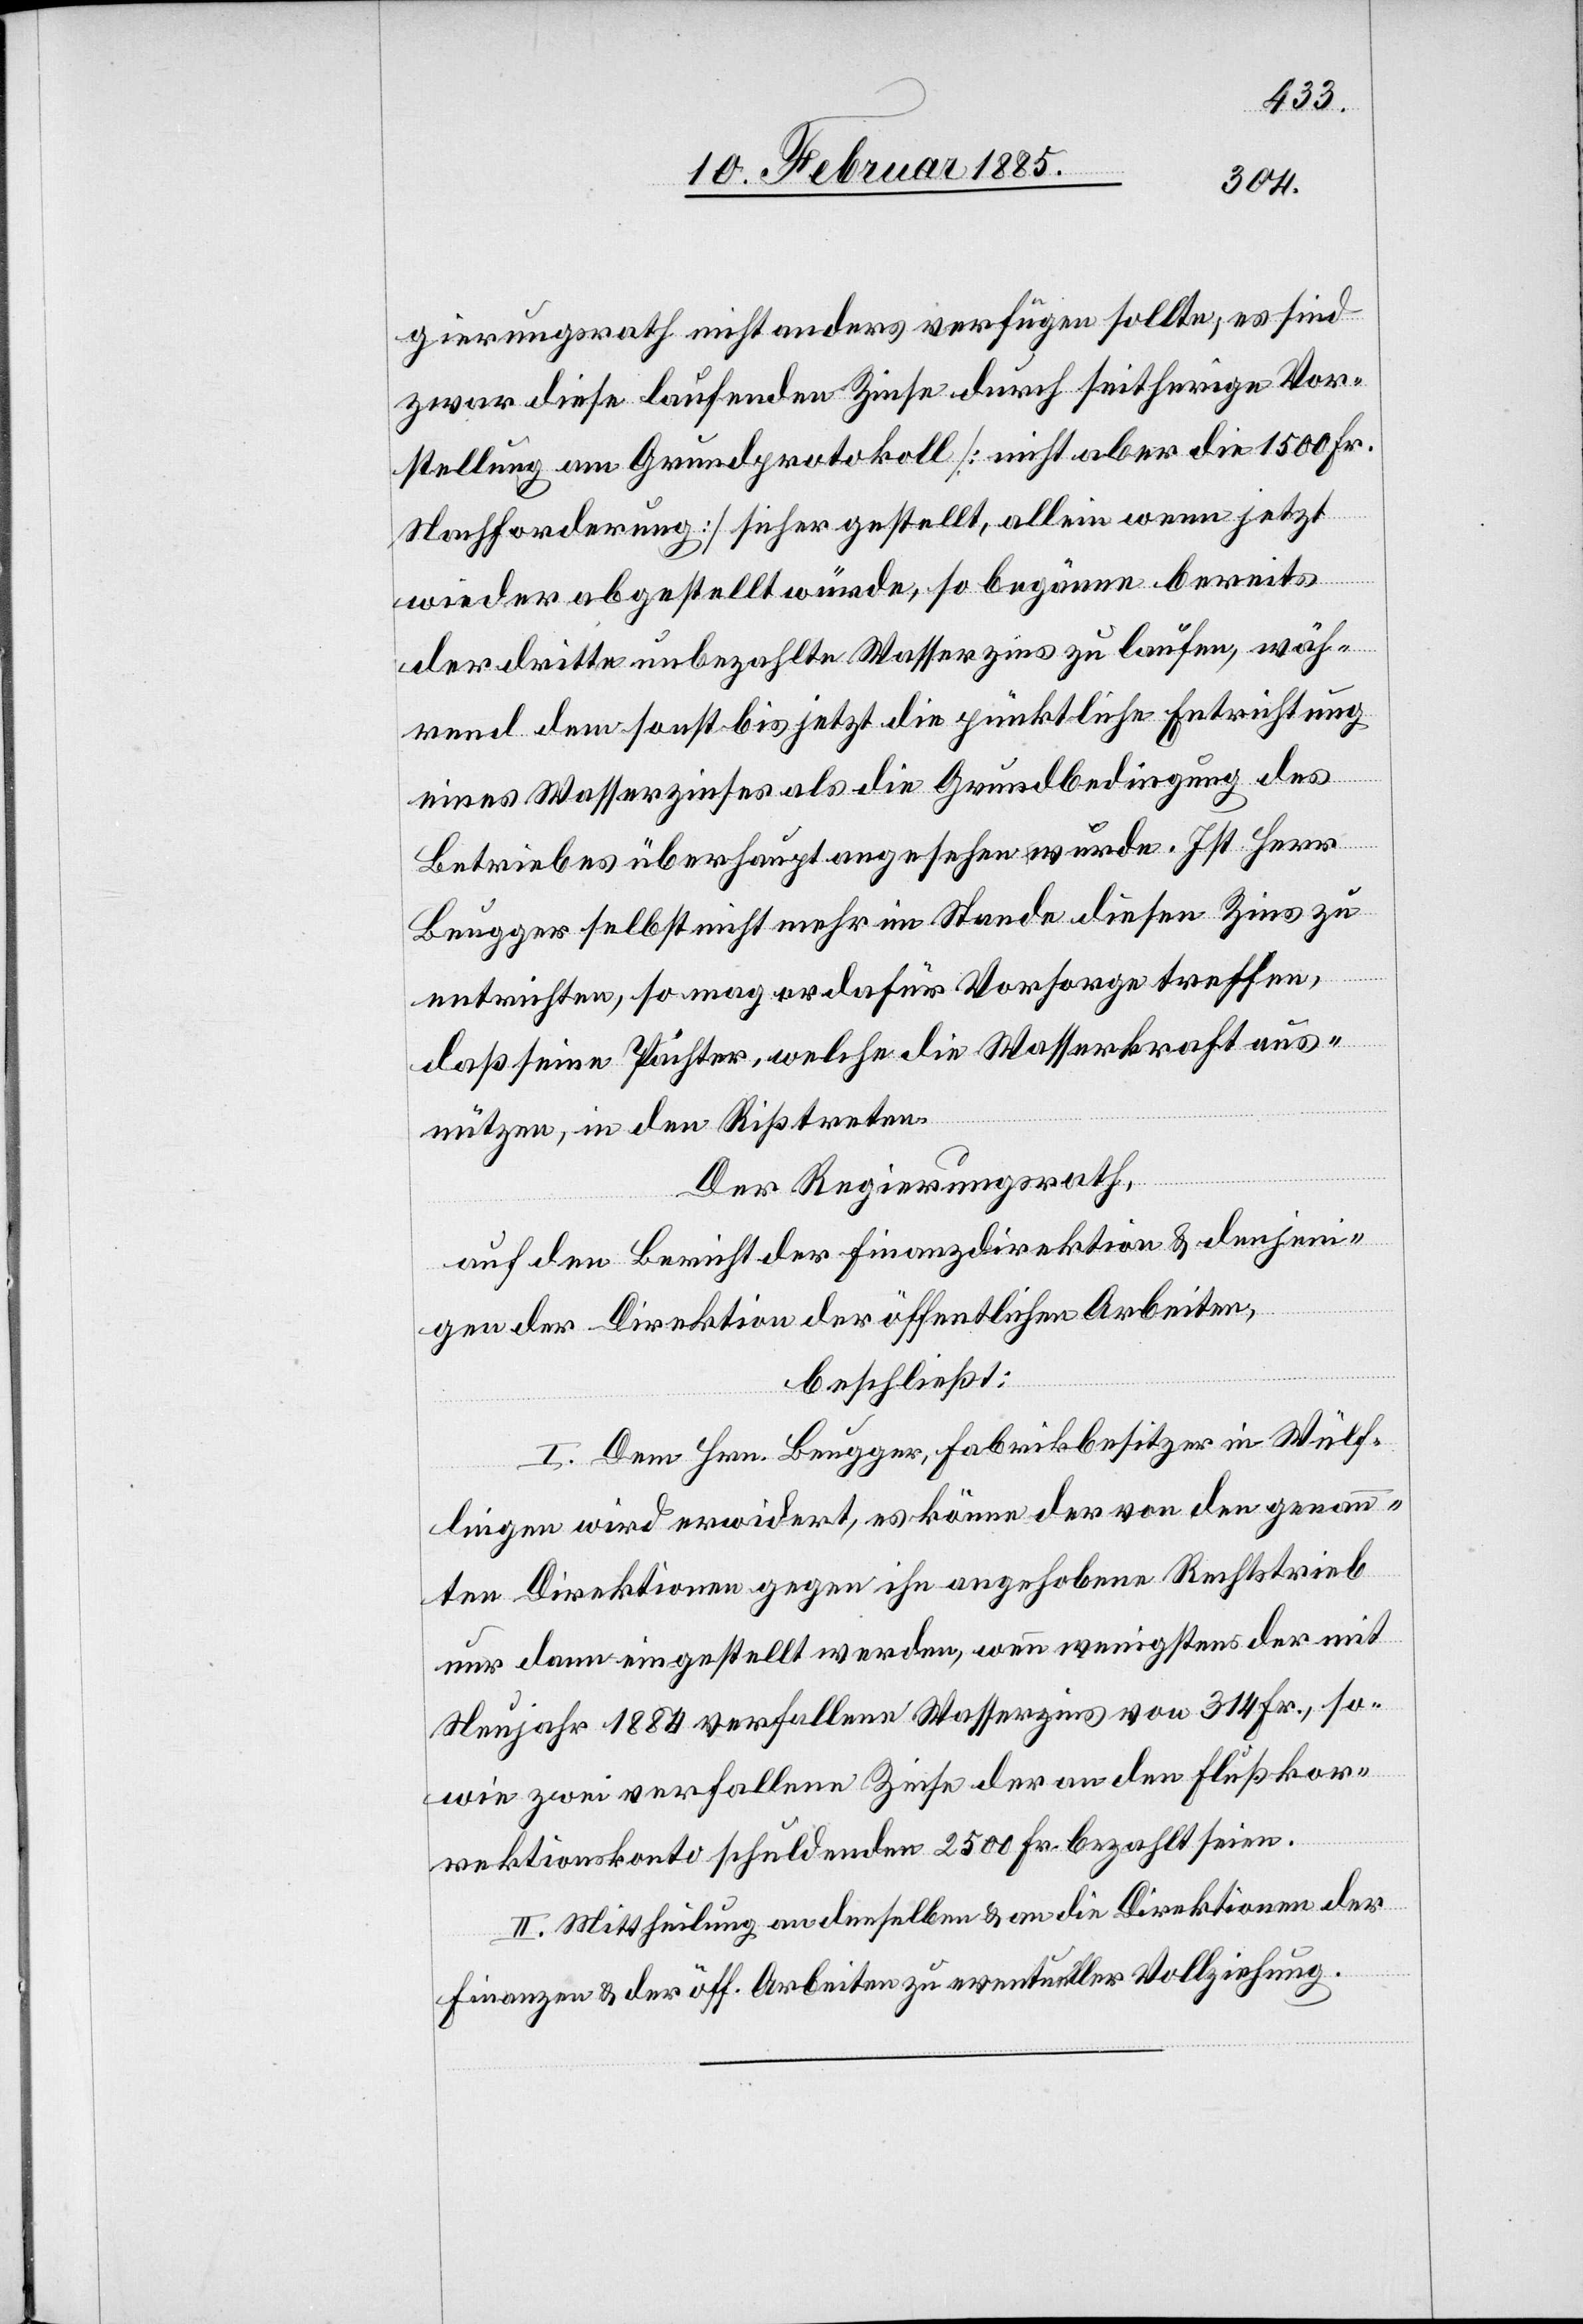
gierungsrath nicht anders verfügen sollte, es sind
zwar diese laufenden Zinse durch seitherige Vor¬
stellung am Grundprotokoll [nicht aber die 1500 Fr.
Nachforderung] sicher gestellt, allein wenn jetzt
wieder abgestellt würde, so begänne bereits
der dritte unbezahlte Wasserzins zu laufen, wäh¬
rend dem sonst bis jetzt die pünktliche Entrichtung
eines Wasserzinses als die Grundbedingung des
Betriebes überhaupt angesehen wurde. Ist Herr
Beugger selbst nicht mehr im Stande diesen Zins zu
entrichten, so mag er dafür Vorsorge treffen,
daß seine Pächter, welche die Wasserkraft aus¬
nützen, in den Riß treten.
Der Regierungsrath,
auf den Bericht der Finanzdirektion & derjeni¬
gen der Direktion der öffentlichen Arbeiten,
beschließt:
I. Dem Hrn. Beugger, Fabrikbesitzer in Wülf¬
lingen wird erwidert, es könne der von den genann¬
ten Direktionen gegen ihn angehobene Rechtstrieb
nur dann eingestellt werden, wen wenigstens der mit
Neujahr 1884 verfallene Wasserzins von 314 Fr., so¬
wie zwei verfallenen Zinse der an den Flußkor¬
rektionskonto schuldenden 2500 Fr. bezahlt seien.
II. Mittheilung an denselben & an die Direktionen der
Finanzen & der öff. Arbeiten zu eventueller Vollziehung.